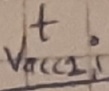
Text: t,Vacc1,i